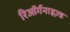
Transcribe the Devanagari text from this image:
रिऑर्गनाइज़्ड